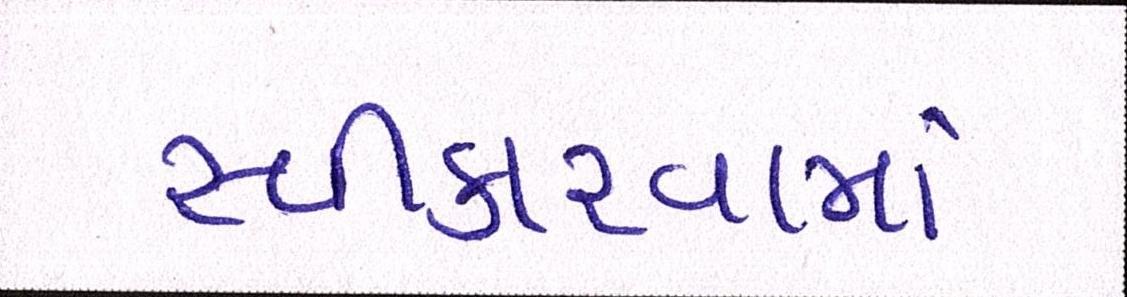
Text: સ્વીકારવામાં